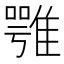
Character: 𩀇